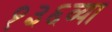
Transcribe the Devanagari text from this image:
१३६व्या